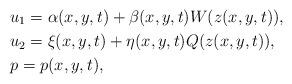
LaTeX: \begin{align*}& u_{1}=\alpha(x,y,t)+\beta(x,y,t)W(z(x,y,t)),\\& u_{2}=\xi(x,y,t)+\eta(x,y,t)Q(z(x,y,t)),\\& p=p(x,y,t),\end{align*}